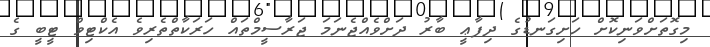
މިގޮތަށްވަނިކޮށް ހަށިގަނޑުގެ ދިފާޢީ ބާރު ދަށްވެއްޖެނަމަ ޖަރާސީމްތައް ހަރަކާތްތެރިވެ އެކްޓިވް ޓީބީ ގެ